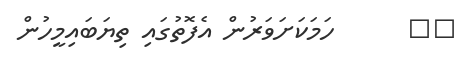
٣٨      ހަމަކަށަވަރުން އެފޮތުގައި ތިޔަބައިމީހުން